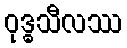
ဝုဒ္ဓသီလဿ